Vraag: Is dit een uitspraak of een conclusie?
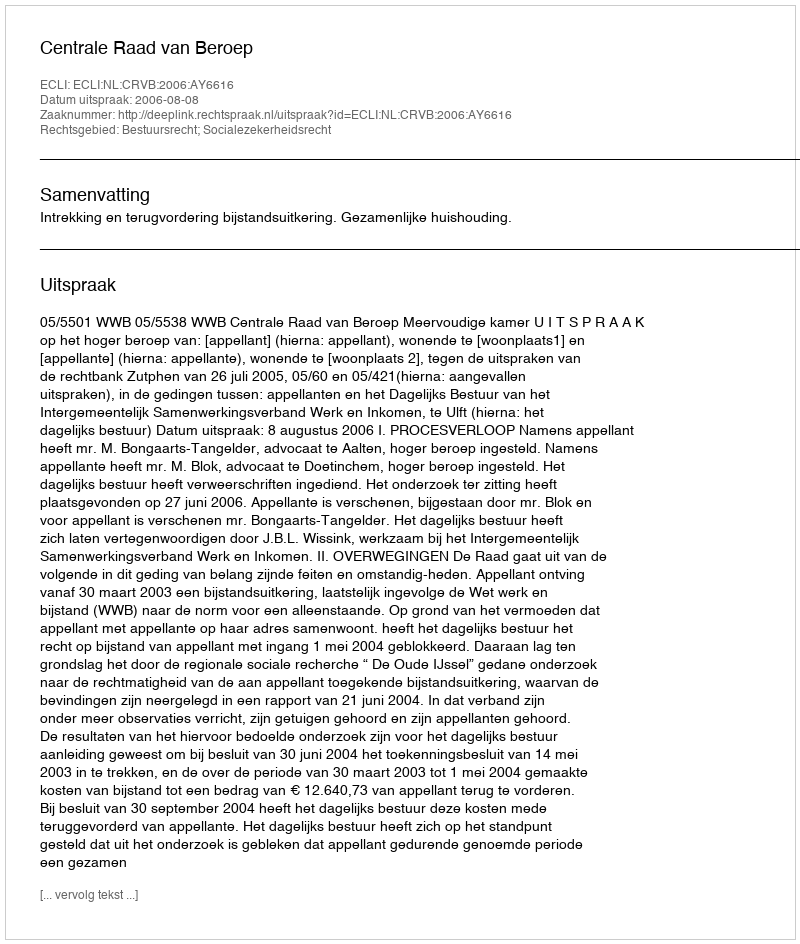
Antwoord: Uitspraak